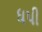
ધપી